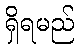
ရှိရမည်